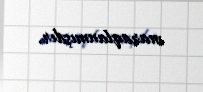
maraqlanmışdır.